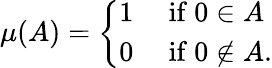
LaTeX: \mu(A)={\left\{ \begin{array}{ll}{1}&{{\mathrm{~if~}}0\in A}\\ {0}&{{\mathrm{~if~}}0\notin A.}\end{array}\right.}